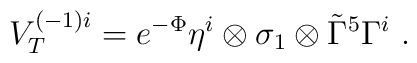
V_T^{(-1)i} = e^{-\Phi}\eta^i\otimes \sigma_1 \otimes \tilde\Gamma^5\Gamma^i\ .